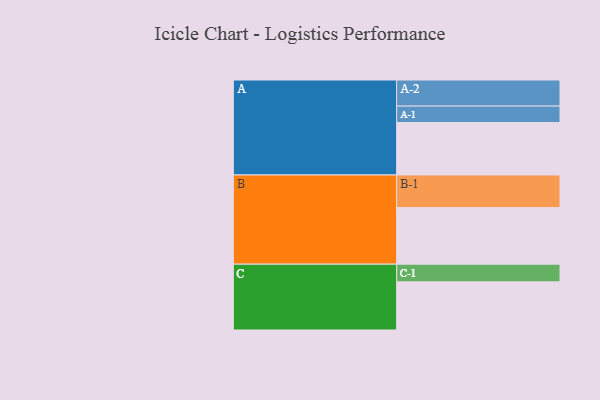
{"axis": {"x": "Segment", "y": "Value"}, "legend": ["", "A", "B", "C"], "data": [{"x": "A", "y": 478, "type": ""}, {"x": "B", "y": 516, "type": ""}, {"x": "C", "y": 439, "type": ""}, {"x": "A-1", "y": 150, "type": "A"}, {"x": "A-2", "y": 238, "type": "A"}, {"x": "B-1", "y": 297, "type": "B"}, {"x": "C-1", "y": 161, "type": "C"}]}